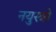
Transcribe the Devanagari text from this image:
नयुस्त्रो